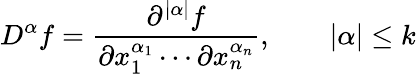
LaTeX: D^{\alpha}f={\frac{\partial^{|\alpha|}f}{\partial x_{1}^{\alpha_{1}}\cdots\partial x_{n}^{\alpha_{n}}}},\qquad|\alpha|\leq k